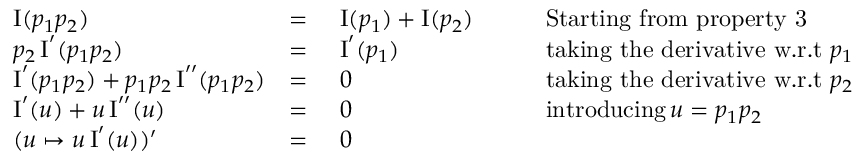
{ \begin{array} { r l r l r l } & { \operatorname { I } ( p _ { 1 } p _ { 2 } ) } & { = \ } & { \operatorname { I } ( p _ { 1 } ) + \operatorname { I } ( p _ { 2 } ) } & & { \quad { \mathrm { S t a r t i n g ~ f r o m ~ p r o p e r t y ~ 3 } } } \\ & { p _ { 2 } \operatorname { I } ^ { \prime } ( p _ { 1 } p _ { 2 } ) } & { = \ } & { \operatorname { I } ^ { \prime } ( p _ { 1 } ) } & & { \quad { \mathrm { t a k i n g ~ t h e ~ d e r i v a t i v e ~ w . r . t } } \ p _ { 1 } } \\ & { \operatorname { I } ^ { \prime } ( p _ { 1 } p _ { 2 } ) + p _ { 1 } p _ { 2 } \operatorname { I } ^ { \prime \prime } ( p _ { 1 } p _ { 2 } ) } & { = \ } & { 0 } & & { \quad { \mathrm { t a k i n g ~ t h e ~ d e r i v a t i v e ~ w . r . t } } \ p _ { 2 } } \\ & { \operatorname { I } ^ { \prime } ( u ) + u \operatorname { I } ^ { \prime \prime } ( u ) } & { = \ } & { 0 } & & { \quad { \mathrm { i n t r o d u c i n g } } \, u = p _ { 1 } p _ { 2 } } \\ & { ( u \mapsto u \operatorname { I } ^ { \prime } ( u ) ) ^ { \prime } } & { = \ } & { 0 } \end{array} }